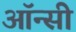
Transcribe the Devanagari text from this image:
ऑन्सी